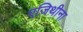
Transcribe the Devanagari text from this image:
एजिथीना